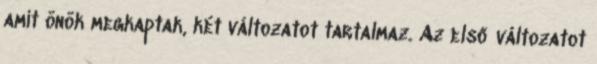
amit önök megkaptak, két változatot tartalmaz. Az első változatot